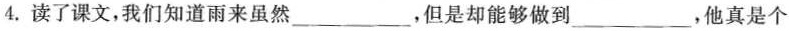
4.读了课文，我们知道雨来虽然___，但是却能够做到___，他真是个